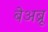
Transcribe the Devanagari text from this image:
बेअब्रू